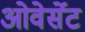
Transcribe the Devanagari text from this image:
ओवेर्सेट